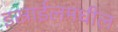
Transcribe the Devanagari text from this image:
इस्राईलमधील